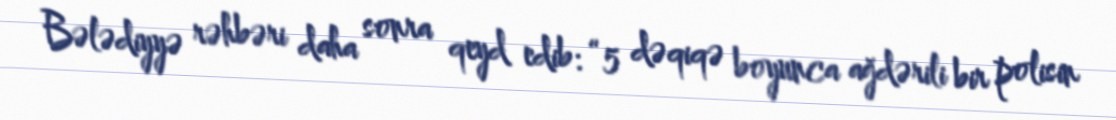
Bələdiyyə rəhbəri daha sonra qeyd edib: “5 dəqiqə boyunca ağdərili bir polisin